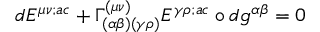
d { \cal E } ^ { \mu \nu ; a c } + \Gamma _ { ( \alpha \beta ) ( \gamma \rho ) } ^ { ( \mu \nu ) } { \cal E } ^ { \gamma \rho ; a c } \circ d g ^ { \alpha \beta } = 0